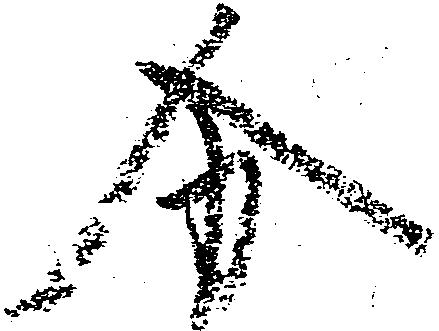
分